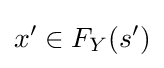
x'\in F_{Y}(s')